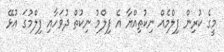
މީގެ ކުރިން ފިލްމެއް ނިކުތިއްޔާ އެ ފިލްމު ނިކުތް ދުވަހާއި ފިލްމުގަ އުޅޭ